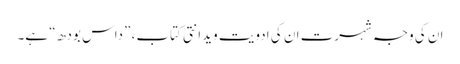
ان کی وجہ شہرت ان کی ادویت ویدانتی کتاب، ”داس بودھ“ ہے۔